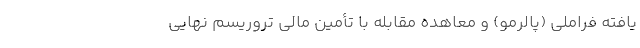
یافته فراملی (پالرمو) و معاهده مقابله با تأمین مالی تروریسم نهایی